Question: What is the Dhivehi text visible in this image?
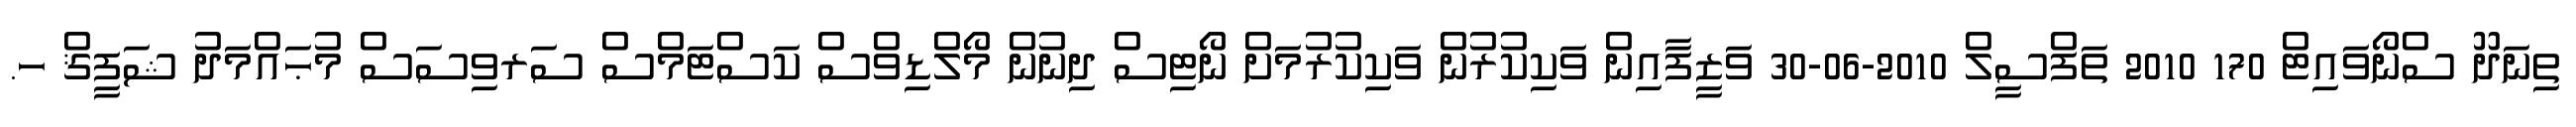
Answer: ތިނަދޫ ސްނޯވައިޓް 170 2010 ތަފްސީލް 2010-06-30 ވަޒީފާއިން ވަކިކުރުން ވަކިކުރުމަށް ނޯޓިސް ދިނުން މޯލްޑިވްސް ކަސްޓަމްސް ސަރވިސަސް މުޙައްމަދު ޝަފީޤް ހ.